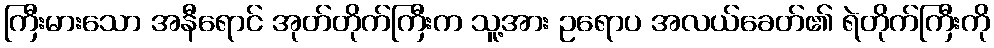
ကြီးမားသော အနီရောင် အုတ်တိုက်ကြီးက သူ့အား ဥရောပ အလယ်ခေတ်၏ ရဲတိုက်ကြီးကို